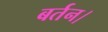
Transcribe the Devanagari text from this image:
बर्तन।